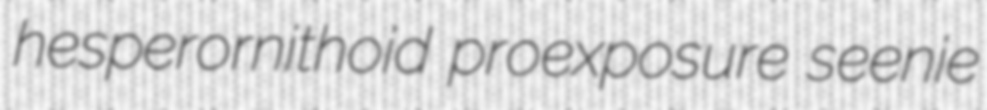
hesperornithoid proexposure seenie